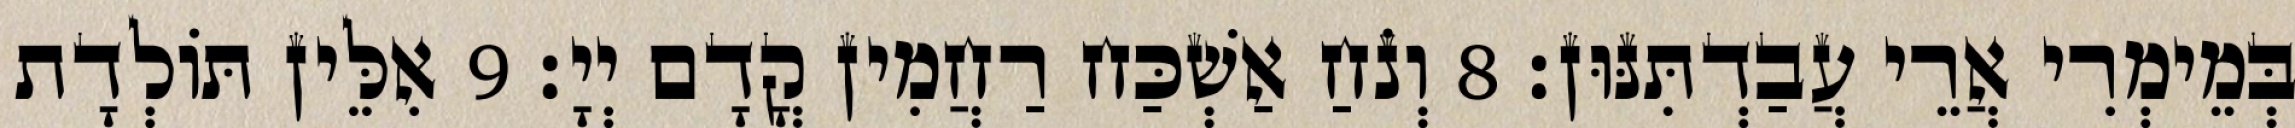
בְּמֵימְרִי אֲרֵי עֲבַדְתִּנּוּן׃ 8 וְנֹחַ אַשְׁכַּח רַחֲמִין קֳדָם יְיָ׃ 9 אִלֵּין תּוֹלְדָת